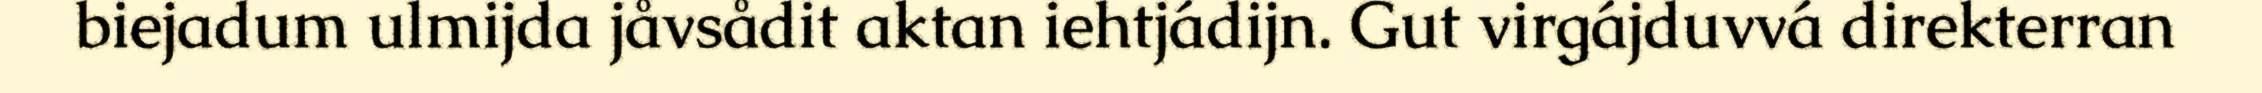
biejadum ulmijda jåvsådit aktan iehtjádijn. Gut virgájduvvá direkterran